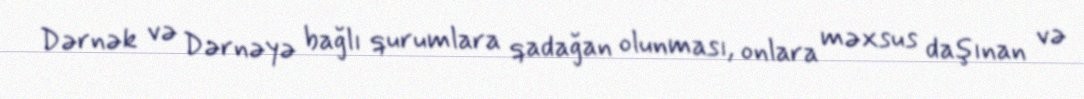
Dərnək və Dərnəyə bağlı qurumlara qadağan olunması, onlara məxsus daşınan və